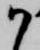
か